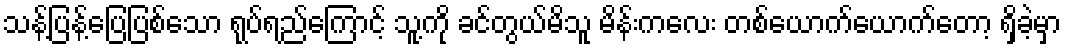
သန့်ပြန့်ပြေပြစ်သော ရုပ်ရည်ကြောင့် သူ့ကို ခင်တွယ်မိသူ မိန်းကလေး တစ်ယောက်ယောက်တော့ ရှိခဲ့မှာ